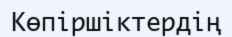
Көпіршіктердің